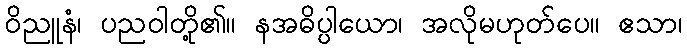
ဝိညူနံ၊ ပညဝါတို့၏။ နအဓိပ္ပါယော၊ အလိုမဟုတ်ပေ။ ဧသာ၊